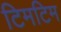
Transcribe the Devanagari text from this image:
टिमटिम